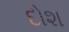
દોશ